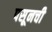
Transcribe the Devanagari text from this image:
पसूनची